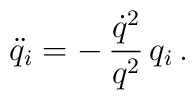
\ddot q_i=-\,\frac{\dot q^2}{q^2}\,q_i\,.